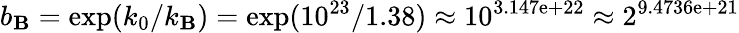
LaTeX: b_{\mathbf{B}}=\exp(k_{0}/k_{\mathbf{B}})=\exp(10^{23}/1.38)\approx10^{3.147\mathrm{{e}}+22}\approx2^{9.4736\mathrm{{e}}+21}